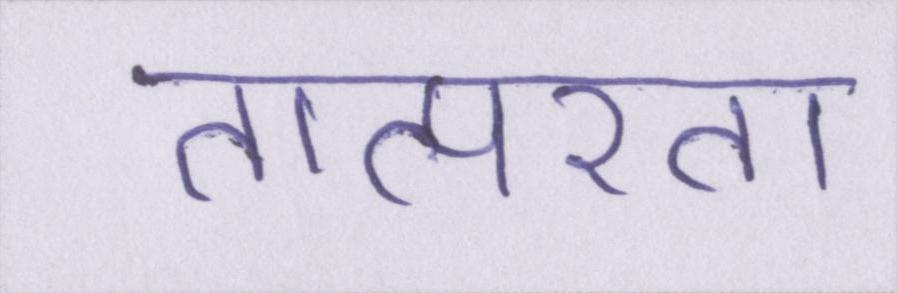
तात्परता